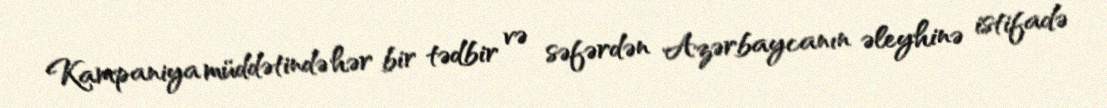
Kampaniya müddətində hər bir tədbir və səfərdən Azərbaycanın əleyhinə istifadə